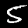
Digit: 5